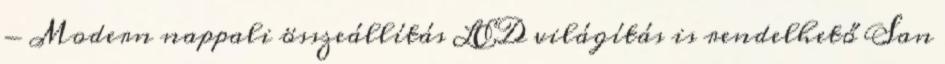
- Modern nappali összeállítás LED világítás is rendelhető San